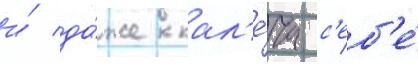
и́ да́же кал'е́ча с'еб'е́